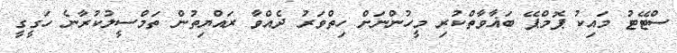
ސްޓޭޓު މައިކު ޕޮމްޕޭ ބަޣާވާތްކުރި މީހުންނަށް ހިތްވަރު ދެއްވާ ރައްޔިތުން ތަމްސީލުކުރާނެ ހަގީގީ